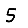
Digit: 5